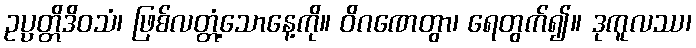
ဥပ္ပတ္တိဒိဝသံ၊ ဖြစ်လတ္တံ့သောနေ့ကို။ ဝိဂဏေတွာ၊ ရေတွက်၍။ ဒုကူလဿ၊